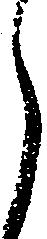
ら